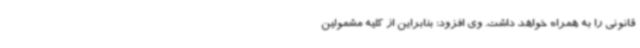
قانونی را به همراه خواهد داشت. وی افزود: بنابراین از کلیه مشمولین